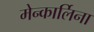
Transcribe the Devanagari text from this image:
मेन्कार्लिना